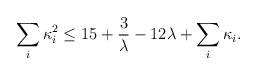
LaTeX: \begin{align*}\sum_i\kappa_i^2\leq 15 + {3\over \lambda} - 12\lambda + \sum_i\kappa_i.\end{align*}